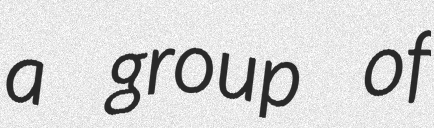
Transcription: a group of